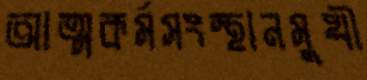
আত্মকর্মসংস্থানমুখী